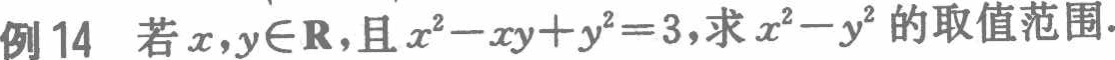
例14 若$x,y\in\mathbf{R}$，且$x^{2}-xy + y^{2}=3$，求$x^{2}-y^{2}$的取值范围.